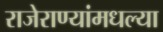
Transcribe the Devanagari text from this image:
राजेराण्यांमधल्या